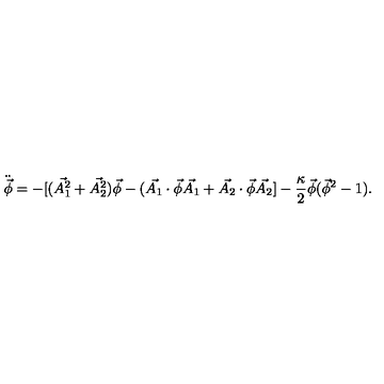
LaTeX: \ddot { \vec { \phi } } = - [ ( \vec { A _ { 1 } ^ { 2 } } + \vec { A _ { 2 } ^ { 2 } } ) \vec { \phi } - ( \vec { A _ { 1 } } \cdot \vec { \phi } \vec { A _ { 1 } } + \vec { A _ { 2 } } \cdot \vec { \phi } \vec { A _ { 2 } } ] - \frac { \kappa } { 2 } \vec { \phi } ( \vec { \phi } ^ { 2 } - 1 ) .